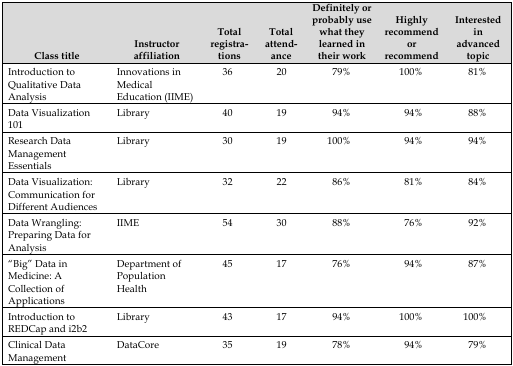
| Class title | Instructor affiliation | Total registrations | Total attendance | Definitely or probably use what they learned in their work | Highly recommend or recommend | Interested in advanced topic |
 | --- | --- | --- | --- | --- | --- | --- |
 | Introduction to Qualitative Data Analysis | Innovations in Medical Education (IIME) | 36 | 20 | 79% | 100% | 81% |
 | Data Visualization 101 | Library | 40 | 19 | 94% | 94% | 88% |
 | Research Data Management Essentials | Library | 30 | 19 | 100% | 94% | 94% |
 | Data Visualization: Communication for Different Audiences | Library | 32 | 22 | 86% | 81% | 84% |
 | Data Wrangling: Preparing Data for Analysis | IIME | 54 | 30 | 88% | 76% | 92% |
 | “Big” Data in Medicine: A Collection of Applications | Department of Population Health | 45 | 17 | 76% | 94% | 87% |
 | Introduction to REDCap and i2b2 | Library | 43 | 17 | 94% | 100% | 100% |
 | Clinical Data Management | DataCore | 35 | 19 | 78% | 94% | 79% |